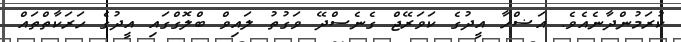
ކުރަމުންދާނެއެވެ. އަޟްހާ އީދުގެ ކަވަރޭޖް ގެނެސްދޭ ވަގުތު ލައިވް ބްލޮގްގައި އީދުގެ ހަރަކާތްތައް